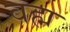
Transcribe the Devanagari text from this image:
वह्म